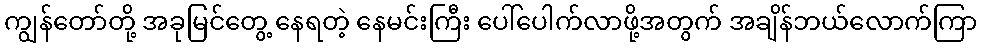
ကျွန်တော်တို့ အခုမြင်တွေ့ နေရတဲ့ နေမင်းကြီး ပေါ်ပေါက်လာဖို့အတွက် အချိန်ဘယ်လောက်ကြာ